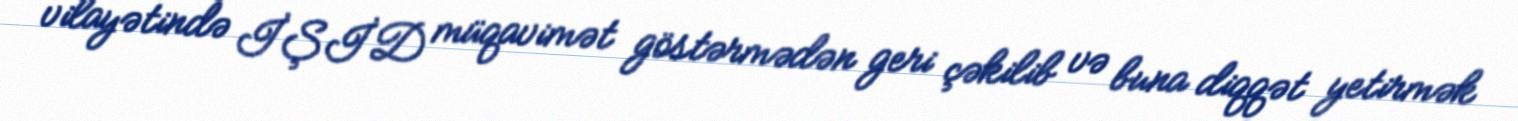
vilayətində İŞİD müqavimət göstərmədən geri çəkilib və buna diqqət yetirmək